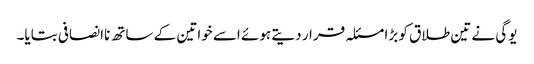
یوگی نے تین طلاق کو بڑا مسئلہ قرار دیتے ہوئے اسے خواتین کے ساتھ ناانصافی بتایا۔